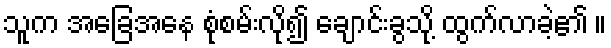
သူက အခြေအနေ စုံစမ်းလို၍ ချောင်းခွသို့ ထွက်လာခဲ့၏ ။